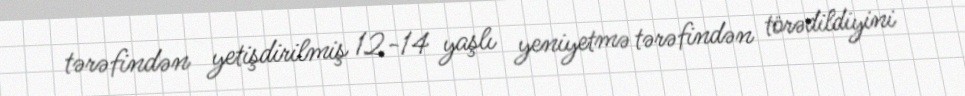
tərəfindən yetişdirilmiş 12-14 yaşlı yeniyetmə tərəfindən törədildiyini